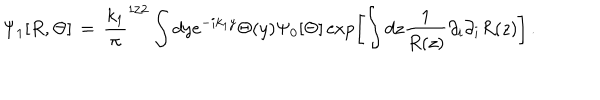
\Psi _ { 1 } [ R , \Theta ] \, = \, { \frac { k _ { 1 } } { \pi } } ^ { 1 / 2 } \int d y e ^ { - i k _ { 1 } y } \Theta ( y ) \Psi _ { 0 } [ \Theta ] \exp \left[ \int d z { \frac { 1 } { R ( z ) } } \partial _ { i } \partial _ { i } R ( z ) \right] \, .